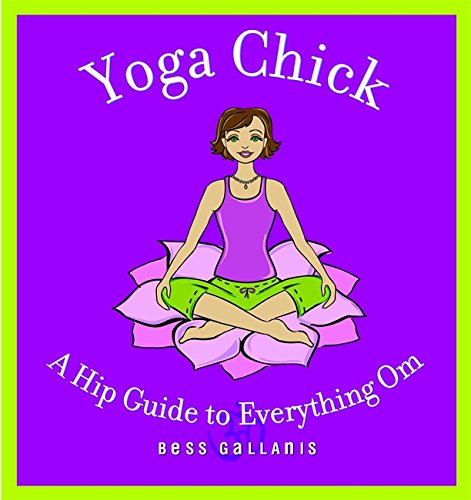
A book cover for Yoga Chick: A Hip Guide to Everything Om; Bess Gallanis; Health, Fitness & Dieting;